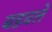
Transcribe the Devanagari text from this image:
बडवले